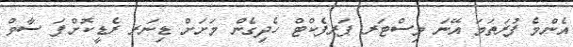
އެންމެ ފުރަތަމަ އޭނަ މިސްޓަރ ޕަރފެކްޓް ހެދިގެން މަށަށް ޑިނަރ ރެޑީކޮށްފަ ސާވް